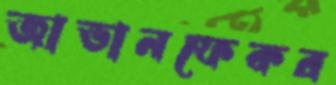
জাভানফেকর